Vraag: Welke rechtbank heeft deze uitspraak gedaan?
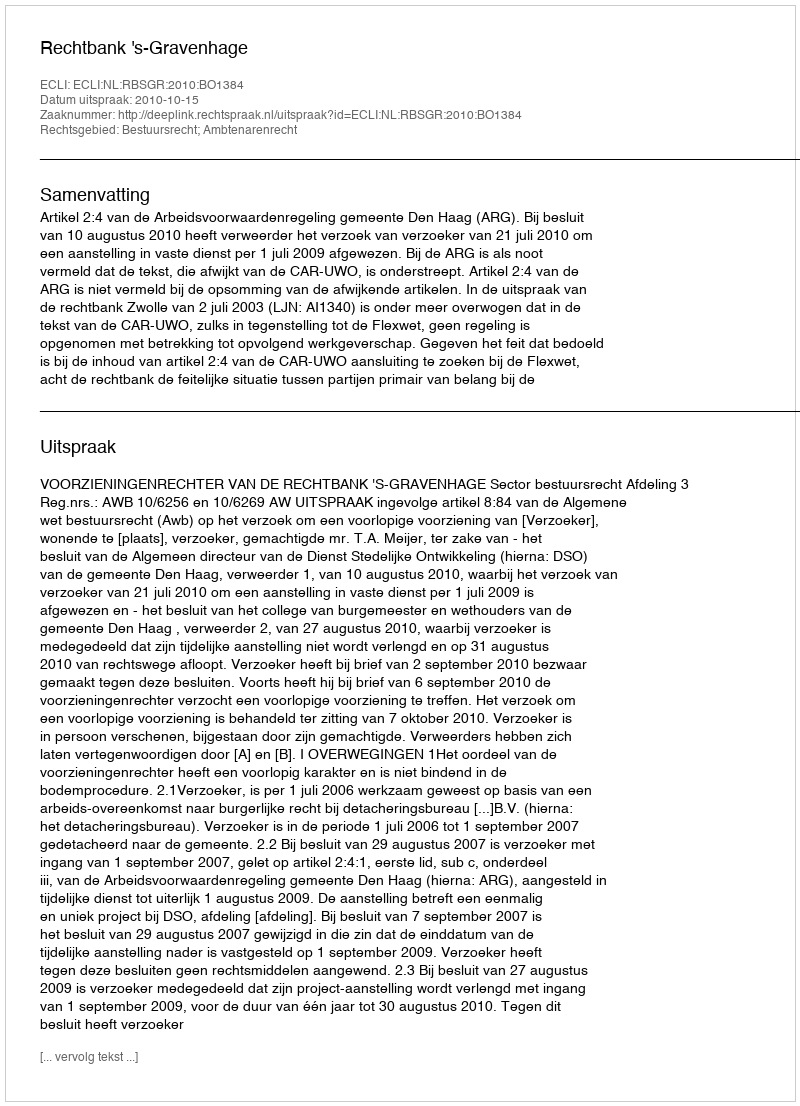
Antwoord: Rechtbank 's-Gravenhage